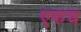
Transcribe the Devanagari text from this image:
एरुच